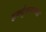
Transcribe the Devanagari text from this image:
हर्क्युलसच्या